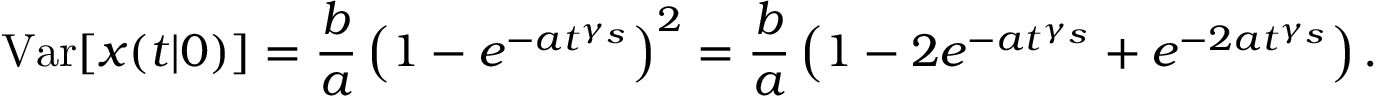
\mathrm { V a r } [ x ( t | 0 ) ] = \frac { b } { a } \left( 1 - e ^ { - a t ^ { \gamma _ { s } } } \right) ^ { 2 } = \frac { b } { a } \left( 1 - 2 e ^ { - a t ^ { \gamma _ { s } } } + e ^ { - 2 a t ^ { \gamma _ { s } } } \right) .